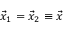
\vec { x } _ { 1 } = \vec { x } _ { 2 } \equiv \vec { x }